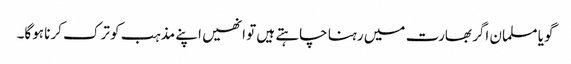
گویا مسلمان اگر بھارت میں رہنا چاہتے ہیں تو انھیں اپنے مذہب کو ترک کرنا ہوگا۔